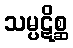
သမ္ပဋိစ္ဆ